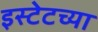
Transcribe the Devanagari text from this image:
इस्टेटच्या